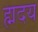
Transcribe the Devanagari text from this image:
ह्मदय